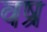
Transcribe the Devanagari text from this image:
वष्र